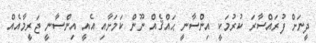
ދީނަށް ފުރައްސާރަ ކުރުމަކީ އިންސާނީ ޙައްޤެއް ނޫން ކަމަށާއި އެއީ އިންސާނީ ޖަރީމާއެއް